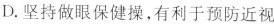
D.坚持做眼保健操，有利于预防近视